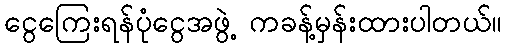
ငွေကြေးရန်ပုံငွေအဖွဲ့ ကခန့်မှန်းထားပါတယ်။